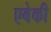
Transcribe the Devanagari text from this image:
एबेकी